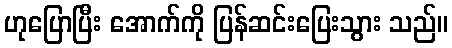
ဟုပြောပြီး အောက်ကို ပြန်ဆင်းပြေးသွား သည်။